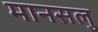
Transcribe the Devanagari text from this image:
मानसलु